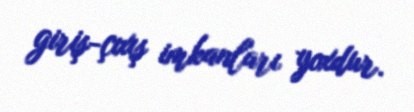
giriş-çıxış imkanları yoxdur.